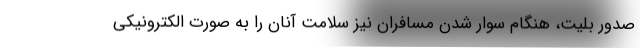
صدور بلیت، هنگام سوار شدن مسافران نیز سلامت آنان را به صورت الکترونیکی